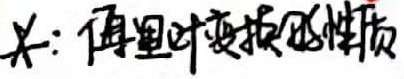
关：傅里叶变换的性质